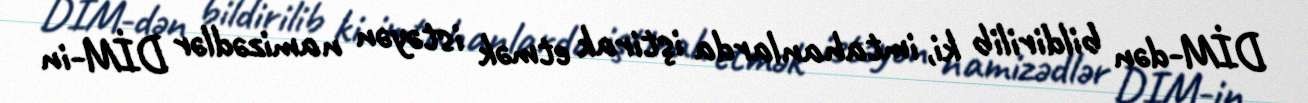
DİM-dən bildirilib ki, imtahanlarda iştirak etmək istəyən namizədlər DİM-in